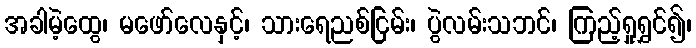
အခါမဲ့ထွေ၊ မဖော်လေနှင့်၊ သားရေညစ်ငြမ်း၊ ပွဲလမ်းသဘင်၊ ကြည့်ရှုရွှင်၍၊